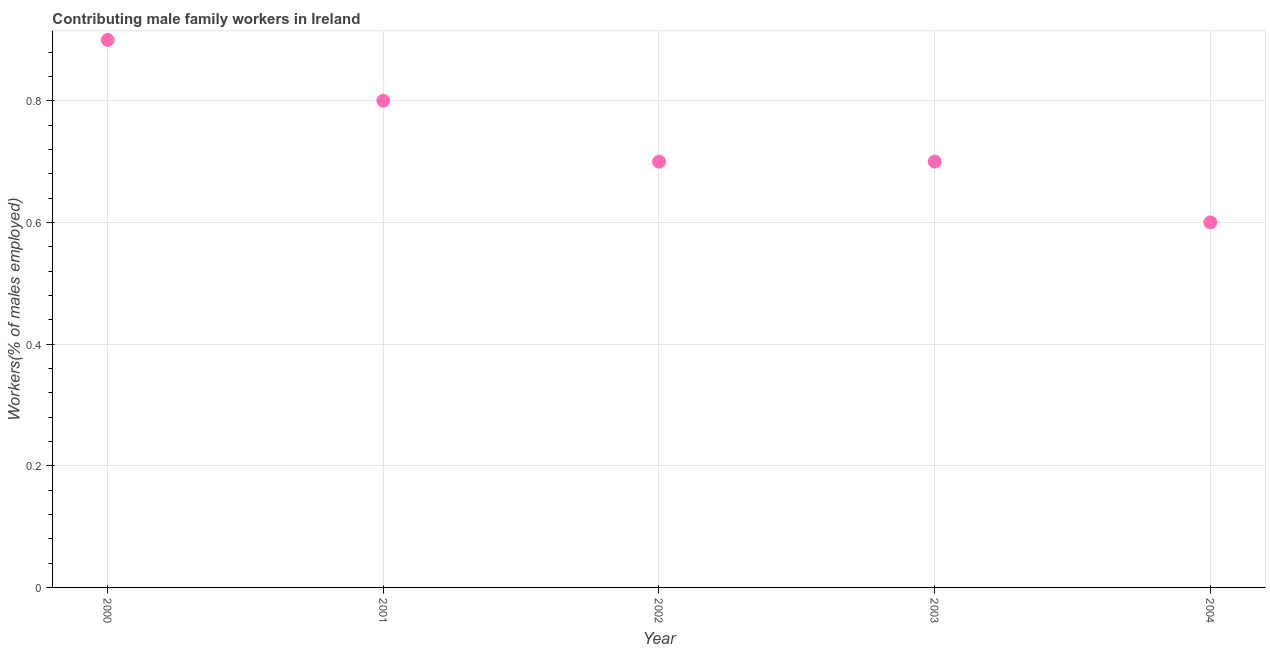
| Year | Contributing family workers |
 | --- | --- |
 | 2000 | 0.9 |
 | 2001 | 0.8 |
 | 2002 | 0.7 |
 | 2003 | 0.7 |
 | 2004 | 0.6 |